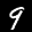
Label: 9